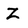
Character: Z